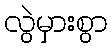
လွဲမှားစွာ